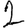
Digit: 2